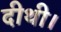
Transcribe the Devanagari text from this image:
दीथी।